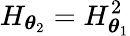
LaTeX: H_{\boldsymbol\theta_{2}}=H_{\boldsymbol\theta_{1}}^{2}